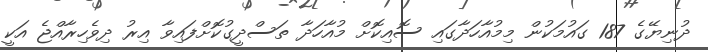
ދުނިޔޭގެ 187 ގައުމަކުން މިމުއާހަދާގައި ސޮއިކޮށް މުއާހަދާ ތަސްދީގުކޮށްފައިވާ އިރު ދިވެހިރާއްޖެ އަކީ